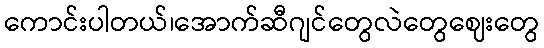
ကောင်းပါတယ်၊အောက်ဆီဂျင်တွေလဲတွေဈေးတွေ